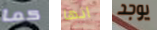
كما انها يوجد